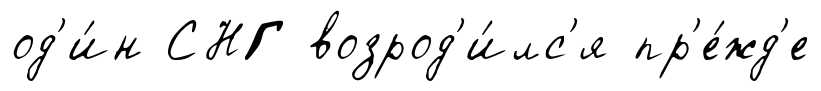
од'и́н СНГ возрод'и́лс'я пр'е́жд'е